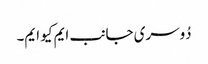
دُوسری جانب ایم کیو ایم۔